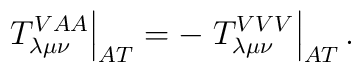
\left. T_{\lambda \mu \nu }^{VAA}\right| _{AT}=-\left. T_{\lambda \mu \nu}^{VVV}\right| _{AT}.